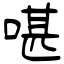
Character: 啿